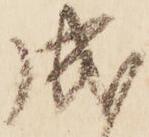
成